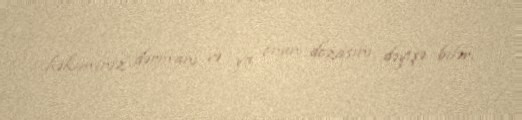
həkiminiz dərmanı və ya onun dozasını dəyişə bilər.